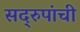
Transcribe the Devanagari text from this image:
सद्‌रुपांची